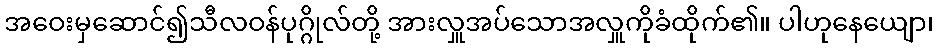
အဝေးမှဆောင်၍သီလဝန်ပုဂ္ဂိုလ်တို့ အားလှူအပ်သောအလှူကိုခံထိုက်၏။ ပါဟုနေယျော၊